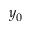
y _ { 0 }